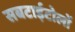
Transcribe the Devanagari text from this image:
सबटाईटोलों